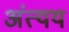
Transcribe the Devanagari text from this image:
अंत्यय